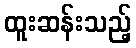
ထူးဆန်းသည့်